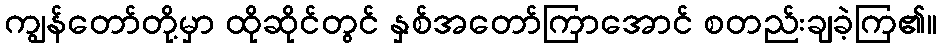
ကျွန်တော်တို့မှာ ထိုဆိုင်တွင် နှစ်အတော်ကြာအောင် စတည်းချခဲ့ကြ၏။